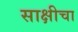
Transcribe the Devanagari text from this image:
साक्षीचा